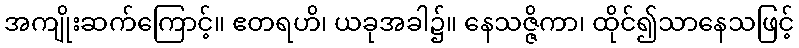
အကျိုးဆက်ကြောင့်။ ဧတရဟိ၊ ယခုအခါ၌။ နေသဇ္ဇိကာ၊ ထိုင်၍သာနေသဖြင့်